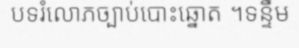
បទរំលោភច្បាប់បោះឆ្នោត ។ទន្ទឹម